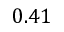
0 . 4 1